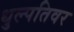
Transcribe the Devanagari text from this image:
धुल्पतिवर